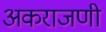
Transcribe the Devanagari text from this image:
अकराजणी